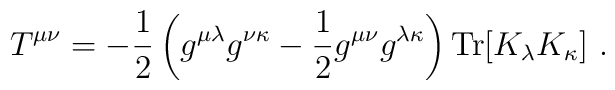
T^{\mu\nu} = - {1\over2} \left(   g^{\mu\lambda}g^{\nu\kappa} - {1\over2}g^{\mu\nu}g^{\lambda\kappa} \right)   {\rm Tr} [ K_\lambda K_\kappa ] \ .